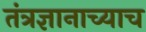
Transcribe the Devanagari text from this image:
तंत्रज्ञानाच्याच